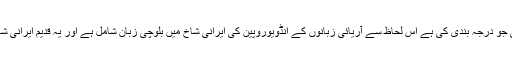
ماہرین لسانیات نے زبان کی جو درجہ بندی کی ہے اس لحاظ سے آریائی زبانوں کے انڈویوروپین کی ایرانی شاخ میں بلوچی زبان شامل ہے اور یہ قدیم ایرانی شاخ تین ادوار میں منقسم ہے ۔